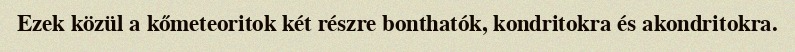
Ezek közül a kőmeteoritok két részre bonthatók, kondritokra és akondritokra.